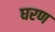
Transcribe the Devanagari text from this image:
घरण